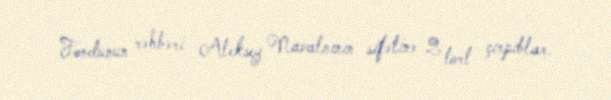
Fondunun rəhbəri Aleksey Navalnının sifətinə 2 tort çırpıblar.